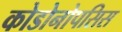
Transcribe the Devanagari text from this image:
कोडोनोपसिस